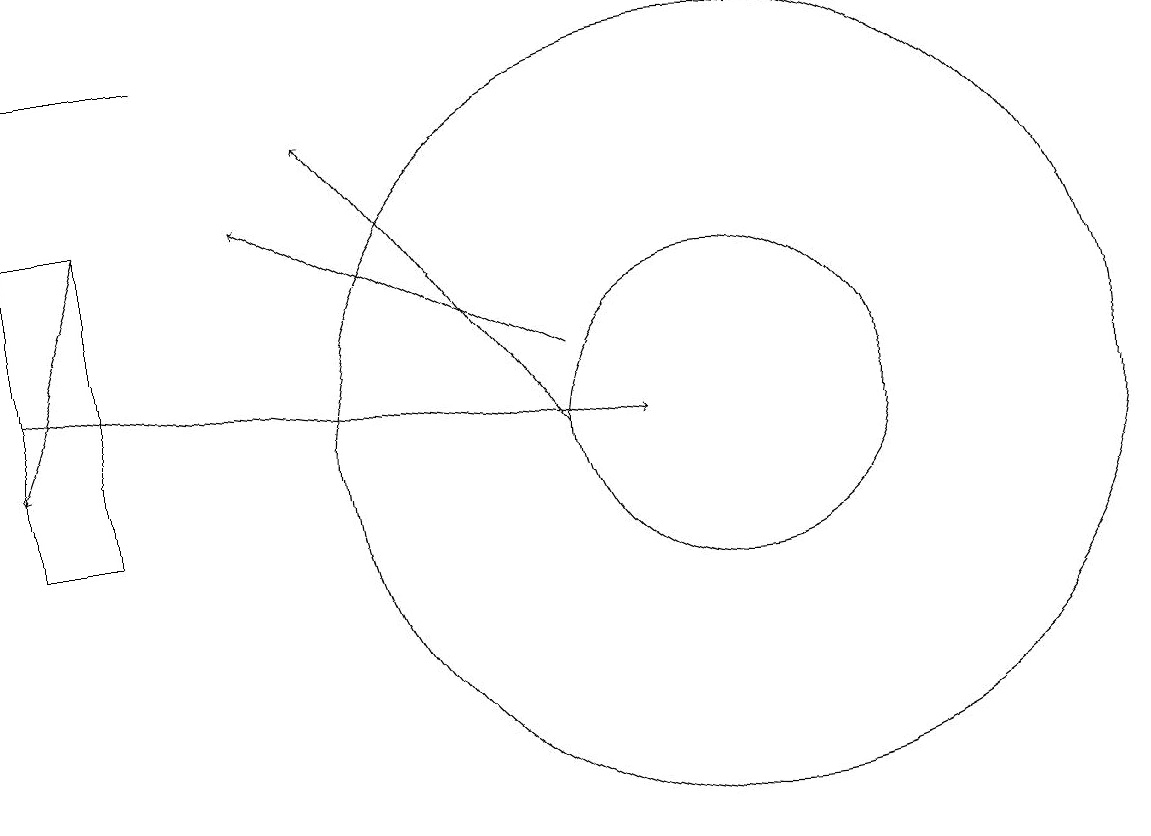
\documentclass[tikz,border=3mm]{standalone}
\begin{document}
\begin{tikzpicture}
\draw[->] (8,12) -- (4,14);
\draw (10,11) circle (2);
\draw[->] (2,14) -- (1,11);
\draw (1,16) rectangle (3,16);
\draw (2,14) rectangle (1,10);
\draw[->] (1,12) -- (9,11);
\draw (10,11) circle (5);
\draw[->] (8,11) -- (5,15);
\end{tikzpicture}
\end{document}